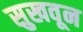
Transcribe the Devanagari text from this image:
सुखवून